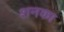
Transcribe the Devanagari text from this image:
शनका